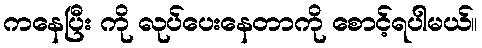
ကနေပြီး ကို လုပ်ပေးနေတာကို စောင့်ရပါမယ်။